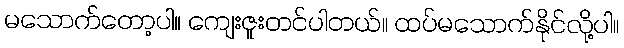
မသောက်တော့ပါ။ ကျေးဇူးတင်ပါတယ်။ ထပ်မသောက်နိုင်လို့ပါ။